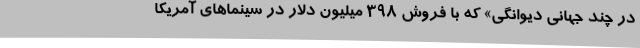
در چند جهانی دیوانگی» که با فروش ۳۹۸ میلیون دلار در سینماهای آمریکا